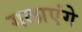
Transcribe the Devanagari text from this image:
गलाएंगे